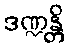
ဒဏ္ဍန္တိ